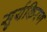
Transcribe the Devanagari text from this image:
सुर्यकिरण